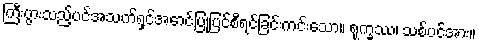
ကြီးပွားသည့်ပင်အသက်ရှင်အောင်ပြုပြင်စီရင်ခြင်းကင်းသော။ ရုက္ခဿ၊ သစ်ပင်အား။